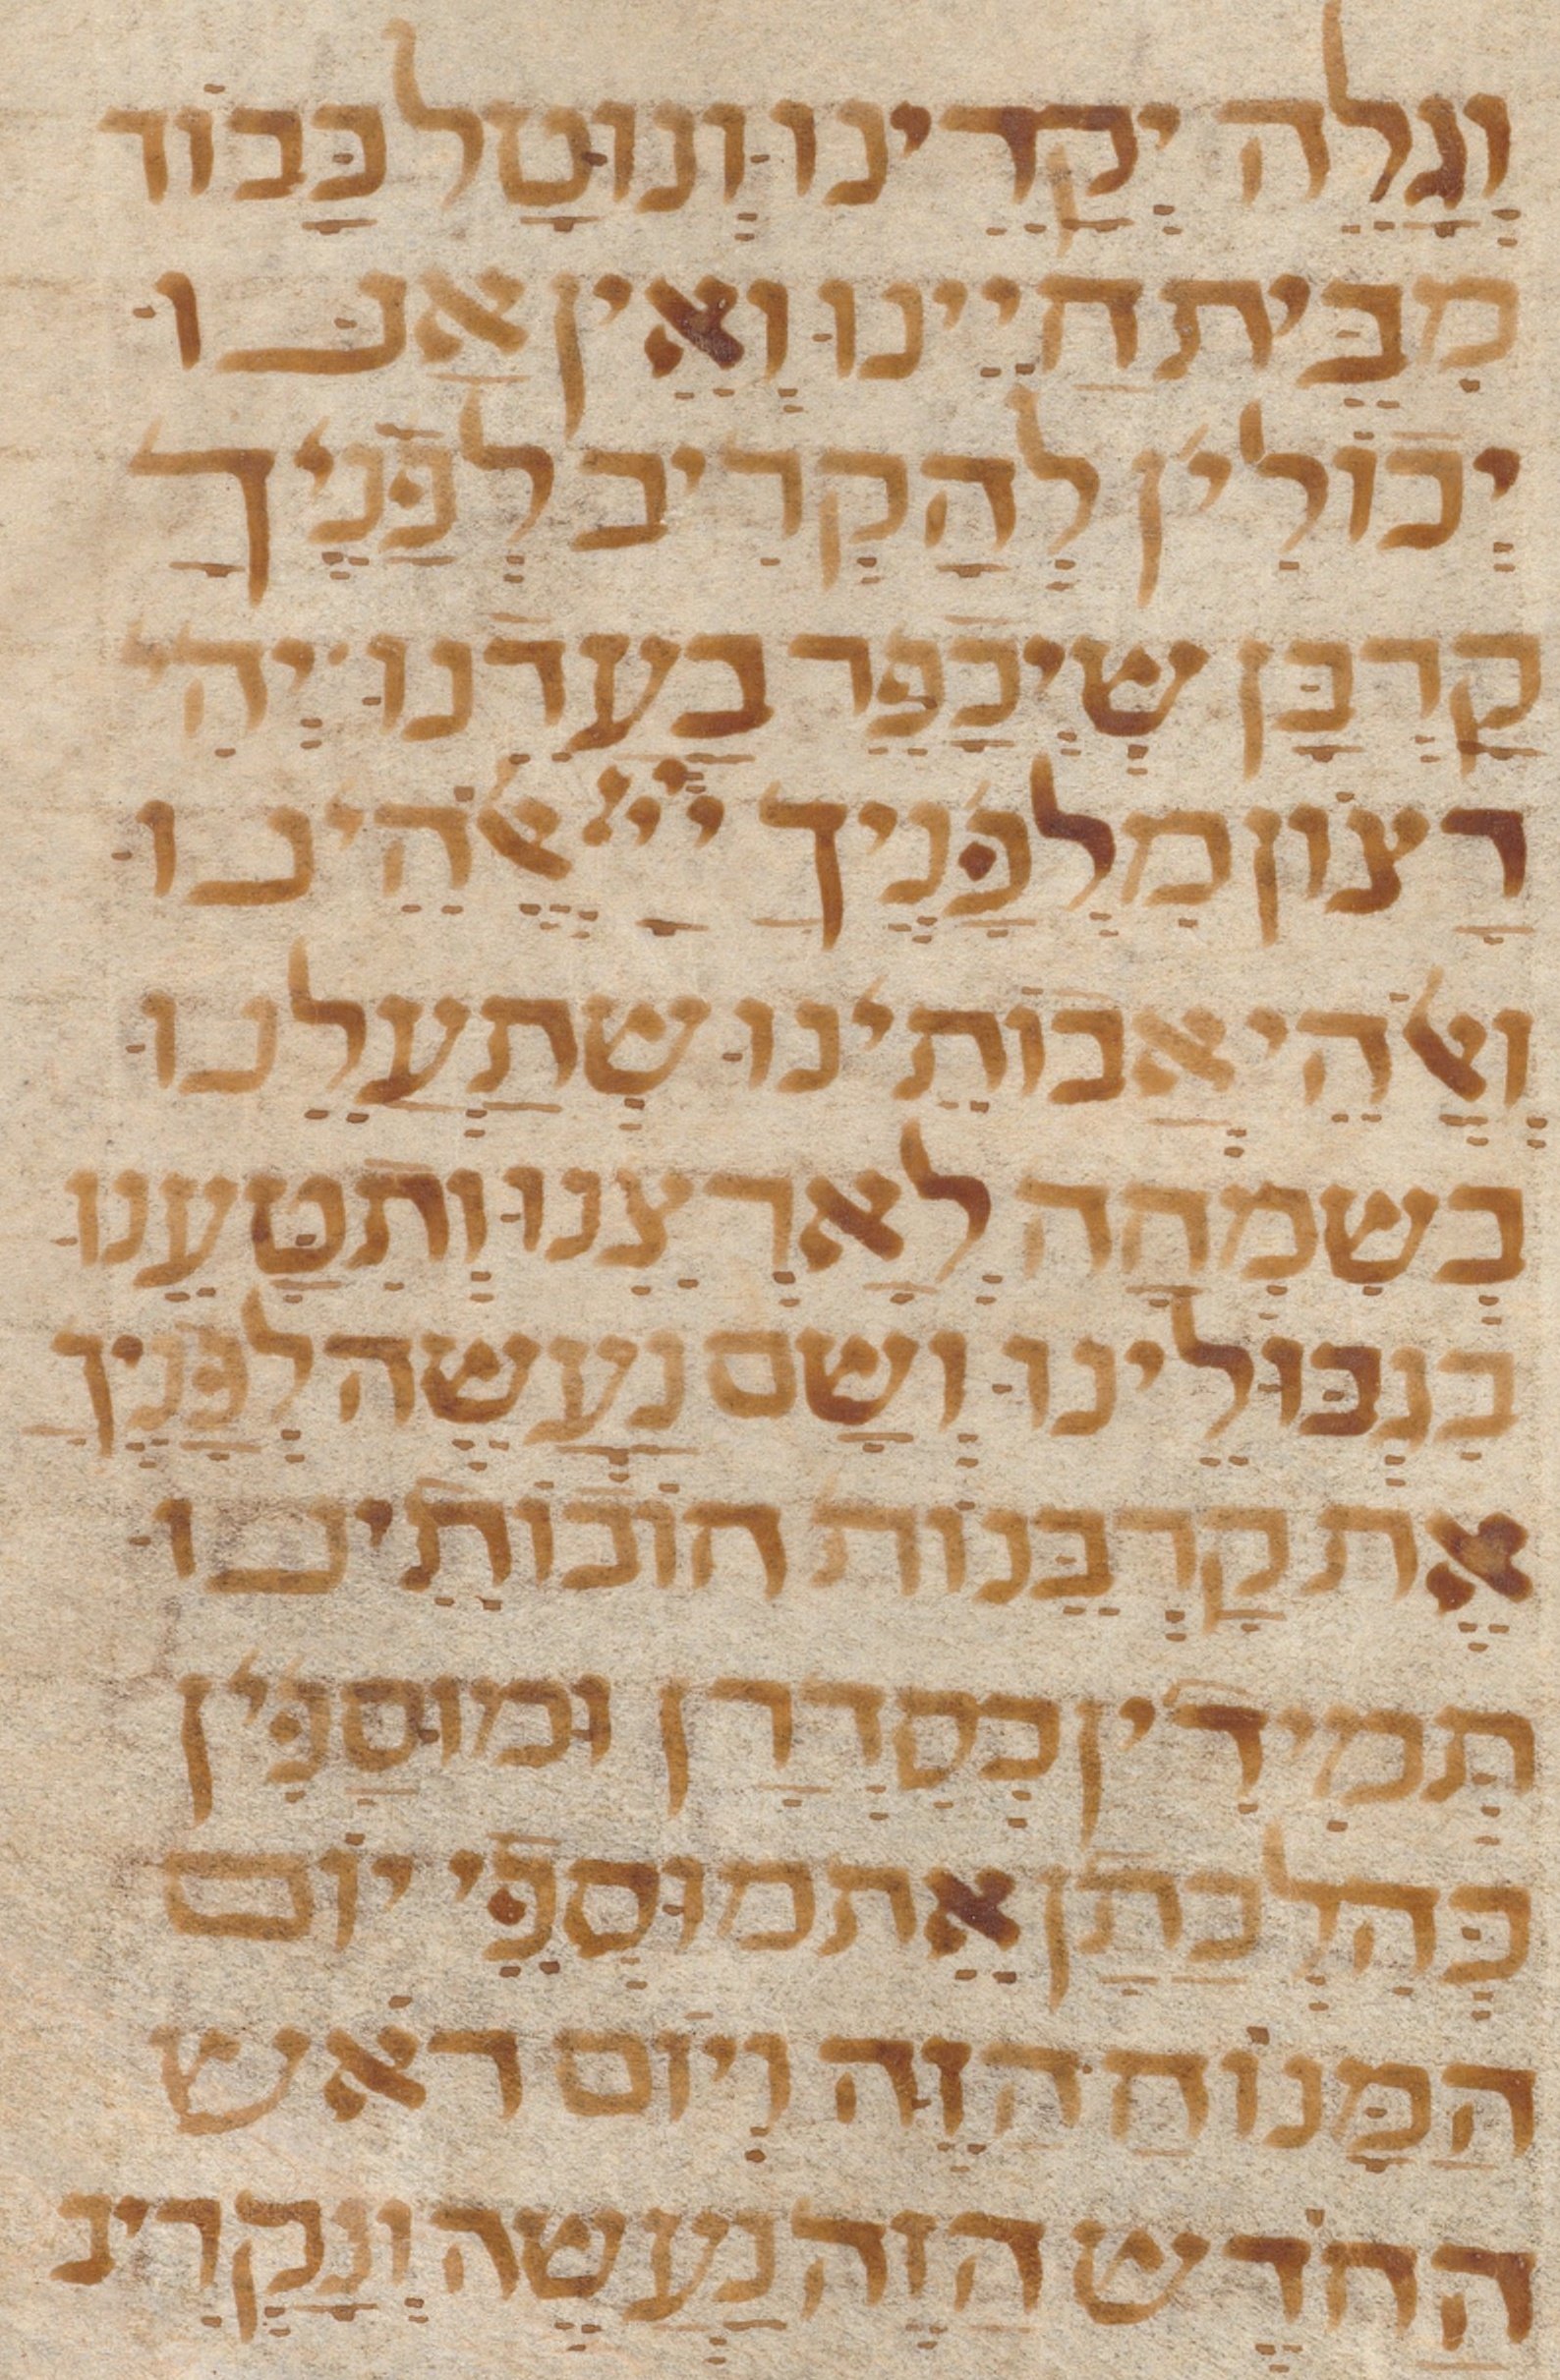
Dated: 1300–1399